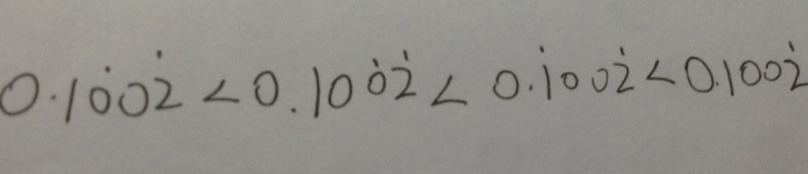
0 . 1 \dot { 0 } 0 \dot { 2 } < 0 . 1 0 \dot { 0 } \dot { 2 } < 0 . \dot { 1 } 0 0 \dot { 2 } < 0 . 1 0 0 \dot { 2 }